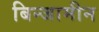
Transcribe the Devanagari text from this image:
बिन्जामीन